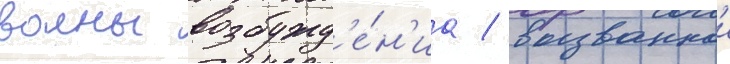
волны возбужд'е́н'иа / вызваннои